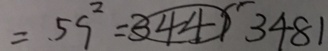
= 5 9 ^ { 2 } = \textcircled { 3 4 4 1 } 3 4 8 1